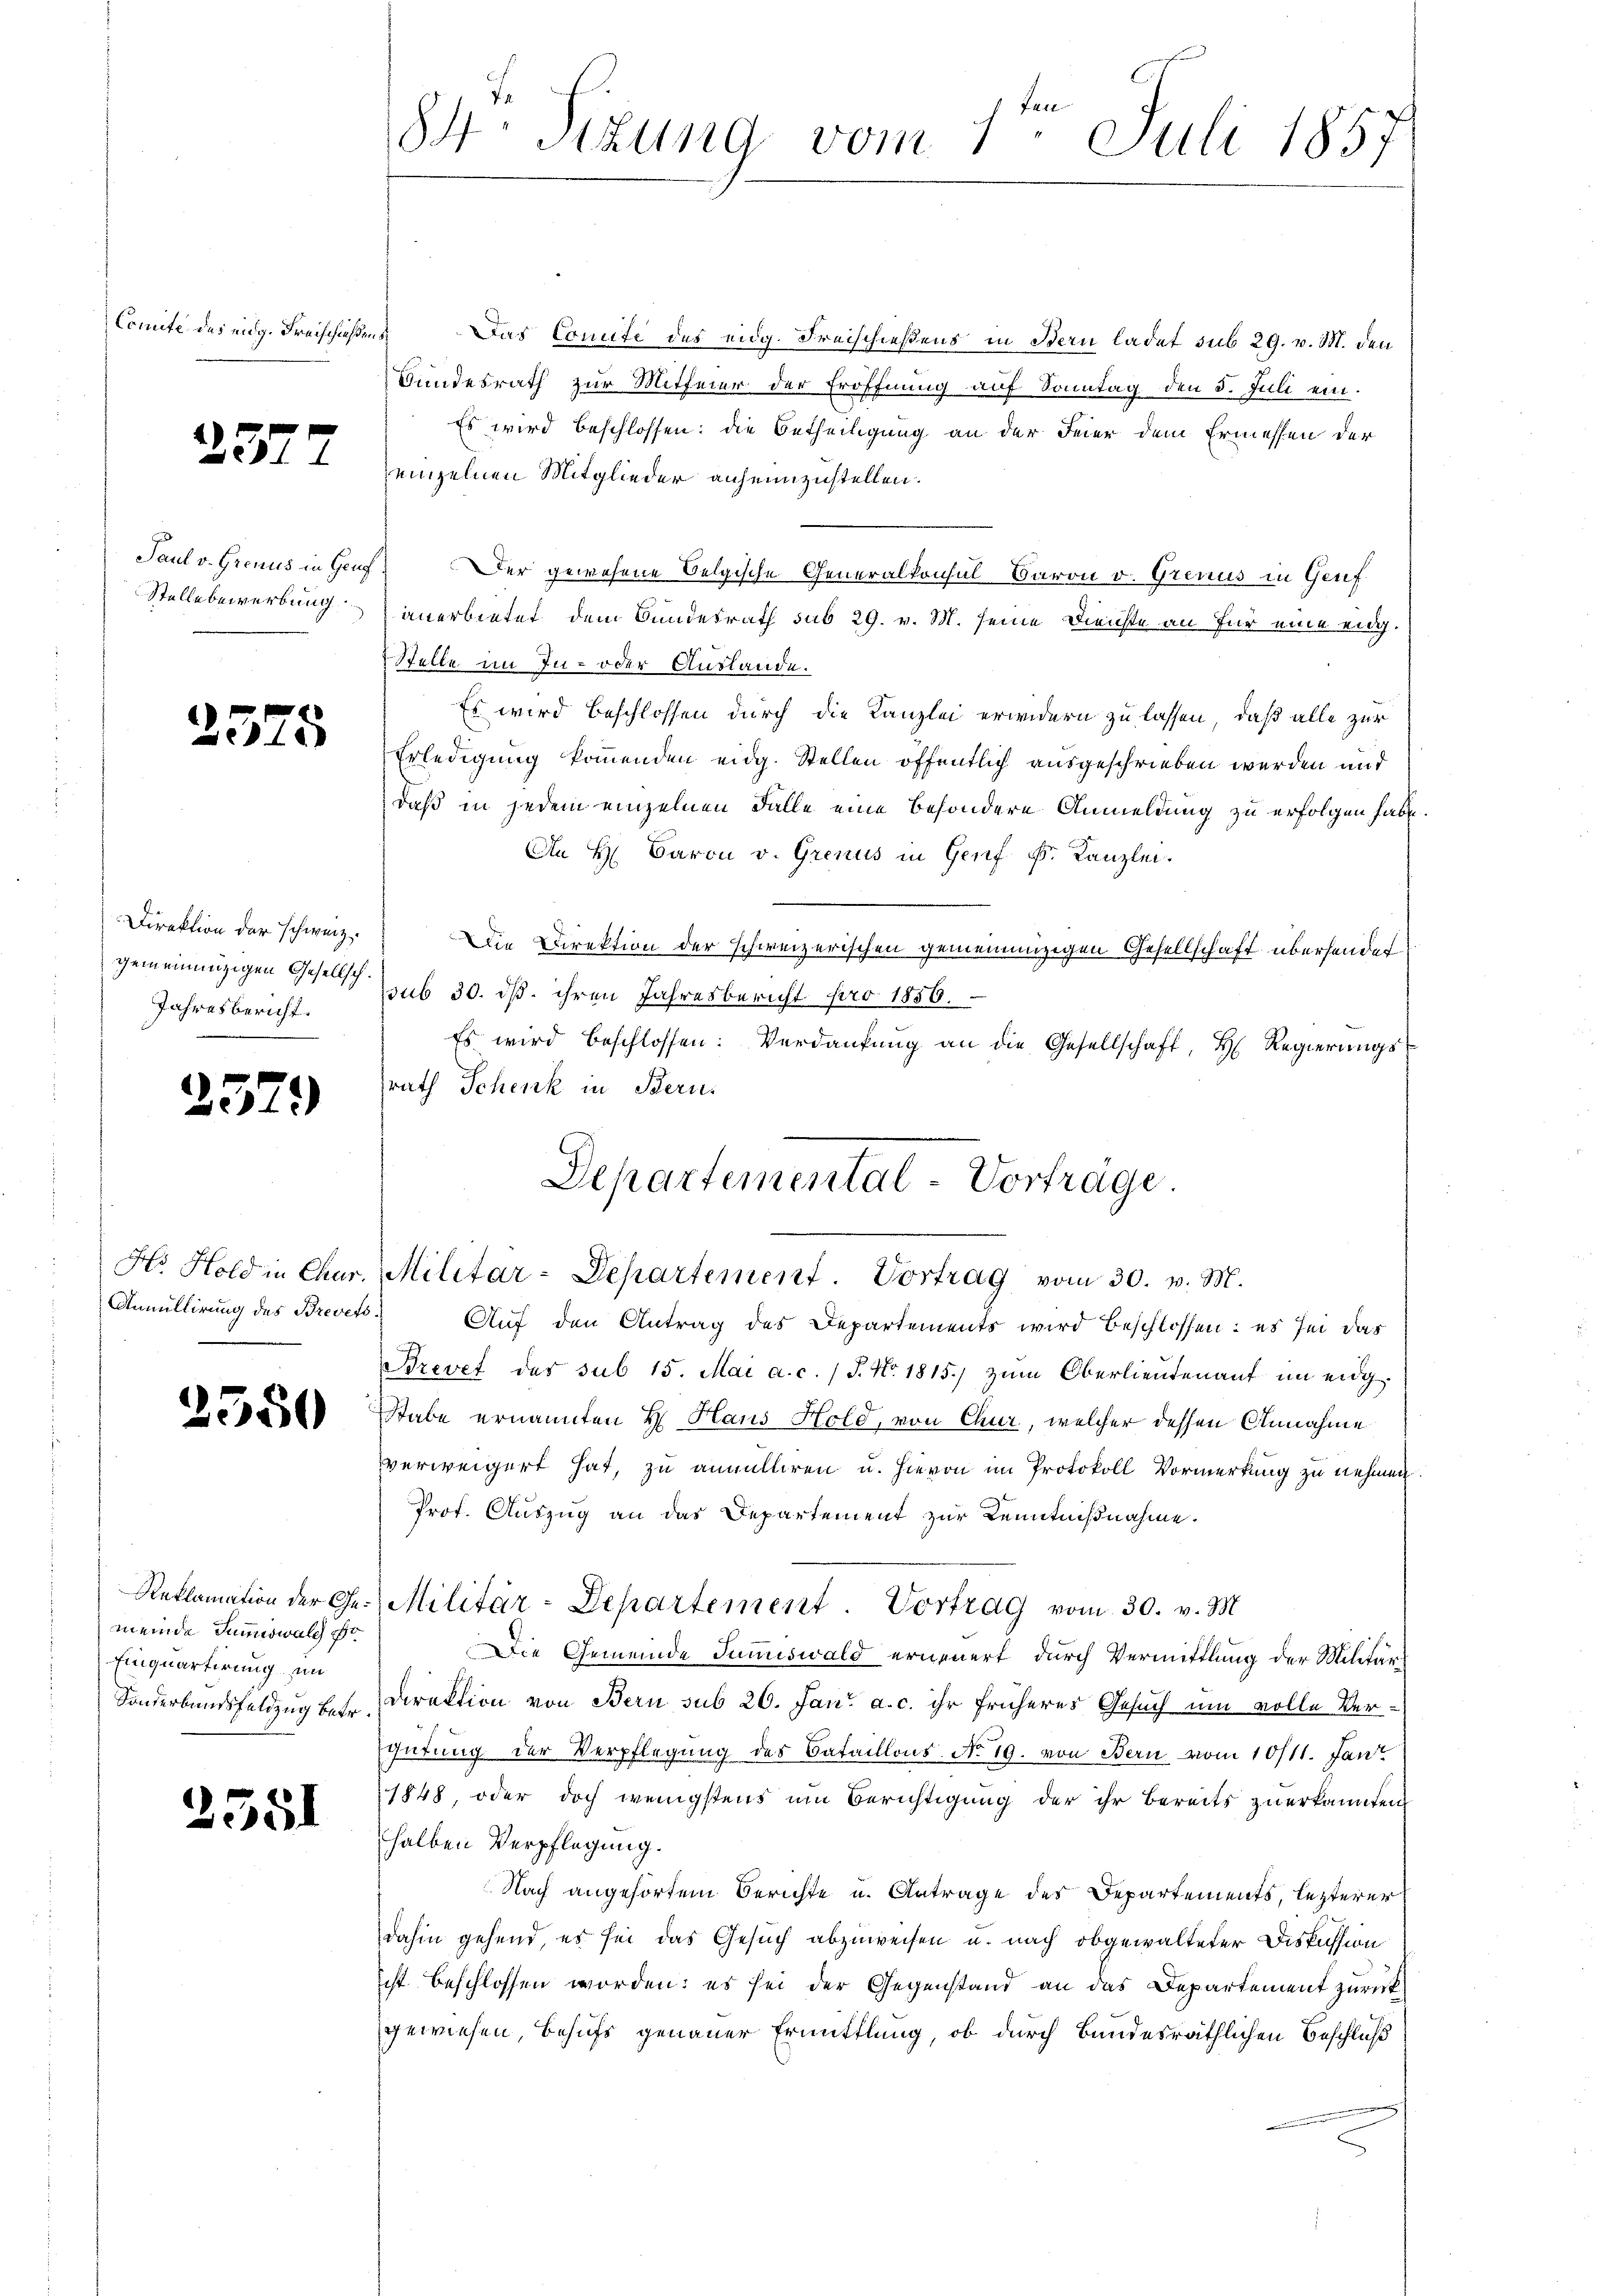
Comite des eidg. Freischlaßen.

)

2377

Paul v. Gronus in Gen
Stelle bewerbung

15.

Direktion der schweiz.
gemeinunzigen Gesellsch
Jahresbericht.

25.

25

)

Hs. Hold in Chur
Annullirung des Brevet

2550

Reklamation der Gemeinde Summowalch pr
Einquartirung im
Sonderbundsfeldzug betr.

2551

f. E
Kl.
 Sizung vom 1. Juli 1857

Das Comite des eidg. Freischießens in Bern ladet sub 29. v. M. den
Bundesrath zur Mitfeier der Eröffnung auf Sonntag den 5. Juli ein¬
Es wird beschlossen: die Betheiligung an der Feier dem Ermessen der
einzelnen Mitglieder anheimzustellen.
Der gewesene Belgische Generalkonsul Baron v. Grenus in Genf
anerbietet dem Bundesrath sub 29. v. M. seine Dienste an für eine eig¬
Stelle an In- oder Auslande.
Es wird beschlossen durch die Kanzlei erwidern zu lassen, daß alle zur
Erledigung kommenden eidg. Stellen öffentlich ausgeschrieben werden und
daß in jedem einzelnen Falle eine besondere Anmeldung zu erfolgen habe.
An H. Baron v. Grenus in Genf Fr. Kanzlei.
Die Direktion der schweizerischen gemeinanzigen Gesellschaft übersendet
sub 30. ist. ihren Jahresbericht pro 1856.
Es wird beschlossen: Verdankŭng an die Gesellschaft, H. Regierŭngs-
srath Schenk in Bern.
 Auf den Antrag des Departements wird beschlossen: es sei das
Brevet des sub 15. Mai a.c. / J. No. 1815.) zum Oberlieutenauf im eidg
stabe ernannten H. Hans Hold, von Chur, welcher dessen Annahme
verweigert hat, zu annulliren u. hievon im Protokoll Vormerkung zu nehmen
Prof. Auszug an das Departement zur Kenntnißnahme.
Militär-Departement. Vortrag vom 30. v. M.
Die Gemeinde Juniswald erneuert, durch Vermittlung der Militär¬
Direktion von Bern sub 20. Jan. a. c. ihr früheres Gesuch um volle Ver-
gütung der Verpflegung des Bataillons No 19. von Bern vom 10/11. Jan
1848, oder doch wenigstens um Berichtigung der ihr bereits zuerkannten
halben Verpflegung.
Nach angehörtem Berichte u. Antrage des Departements, lezterer
dahin gehend, es sei das Gesuch abzuweisen u. nach obgewalteter Diskussion
icht beschlossen worden: es sei der Gegenstand an das Departement zurückgewiesen Behufs genauer Ermittlung, ob durch Bundesräthlichen Beschluß

L
Departemental-Vorträge.
Militar-Departement. Vortrag vom 30. v. M.